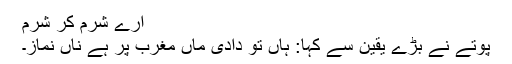
ارے شرم کر شرم
پوتے نے بڑے یقین سے کہا: ہاں تو دادی ماں مغرب پر ہے ناں نماز۔